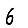
Digit: 6